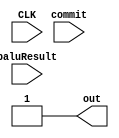
module SatPredictor (
	input wire CLK,
	input wire commit,
	input wire baluResult,
	output wire out
);
	
	// each entry is 2 bit
	reg [1:0] Buffer [15:0];
	reg [31:0] index;
	reg bpr_r;

	assign out = bpr_r;

	// global history reigster
	reg [3:0] GHR;

	initial begin
		for (index = 0; index < 16; index = index + 1) begin
			Buffer[index] = 2'b10;
		end

		GHR = 4'b0000;

	end

	// asynchronous read, mode = 0 is for READ
	always @(*) begin

		if (Buffer[GHR] == 2'b10 || Buffer[GHR] == 2'b11) begin
			bpr_r = 1;
		end

		else begin
			bpr_r = 1;
		end
	end

	// synchronous write, mode = 1 is for WRITE
	always @(posedge CLK) begin
		if (commit) begin
			if (Buffer[GHR] == 2'b00 && (~baluResult)) begin
				Buffer[GHR] <= 2'b00;
			end 

			else if (Buffer[GHR] == 2'b11 && baluResult) begin
				Buffer[GHR] <= 2'b11;
			end

			else begin
				if (baluResult) begin
					Buffer[GHR] <= Buffer[GHR] + 1;
				end

				else begin
					Buffer[GHR] <= Buffer[GHR] - 1;
				end
			end 

			GHR <= {GHR[2:0], baluResult};
		end
	end

endmodule